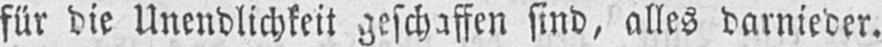
für die Unendlichkeit geschaffen sind, alles darnieder.